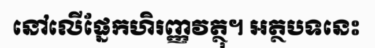
នៅលើផ្នែកហិរញ្ញវត្ថុ។ អត្ថបទនេះ